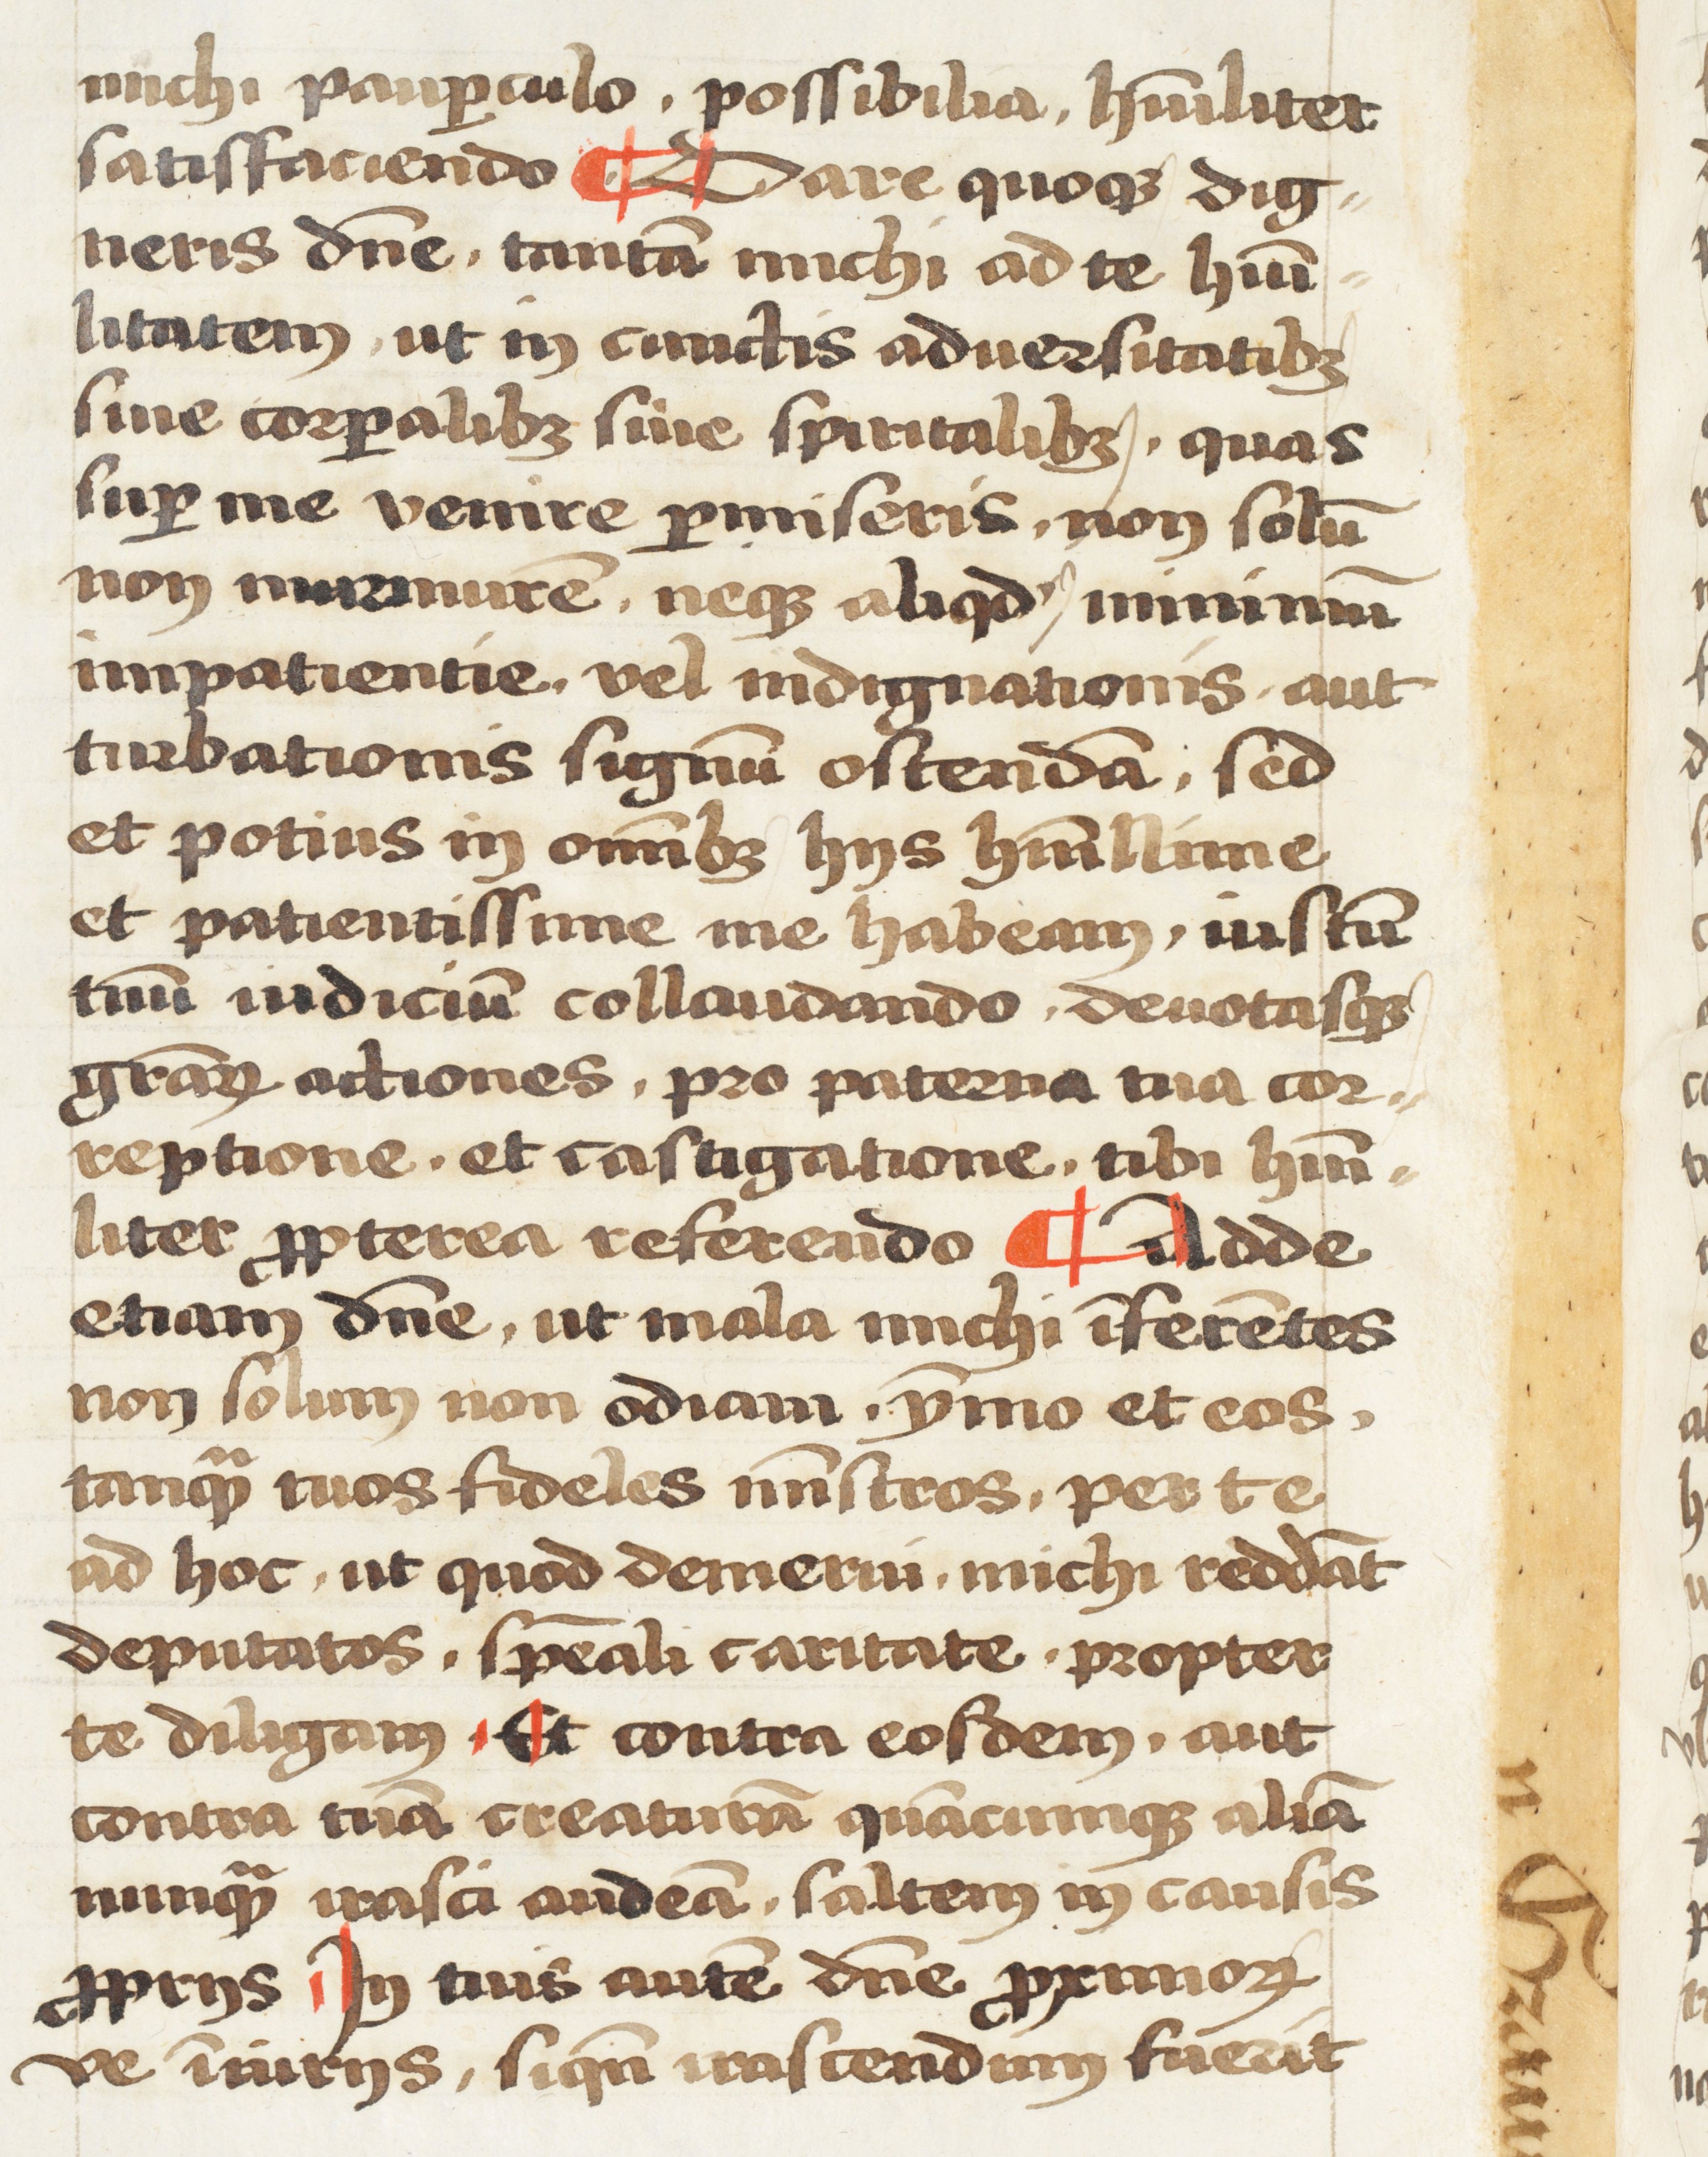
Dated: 1472–1472